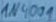
Text: 1N4001